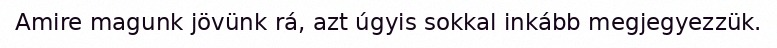
Amire magunk jövünk rá, azt úgyis sokkal inkább megjegyezzük.